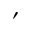
'